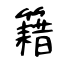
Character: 籍